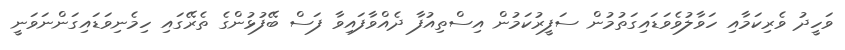
ވަހީދު ވެރިކަމާއި ހަވާލުވެވަޑައިގަތުމުން ސަފީރުކަމުން އިސްތިއުފާ ދެއްވާފައިވާ ފަސް ބޭފުޅުންގެ ތެރޭގައި ހިމެނިވަޑައިގަންނަވަނީ